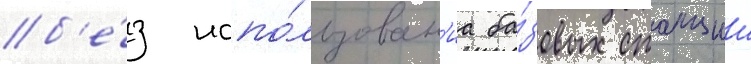
б'е́з испо́льзован'иа ба́зовых станции